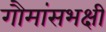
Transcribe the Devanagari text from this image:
गौमांसभक्षी